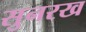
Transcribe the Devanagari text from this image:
सुनरख